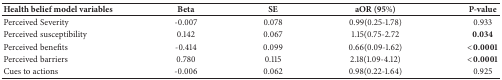
| Health belief model variables | Beta | SE | aOR (95%) | P-value |
 | --- | --- | --- | --- | --- |
 | Perceived Severity | -0.007 | 0.078 | 0.99(0.25-1.78) | 0.933 |
 | Perceived susceptibility | 0.142 | 0.067 | 1.15(0.75-2.72 | 0.034 |
 | Perceived benefits | -0.414 | 0.099 | 0.66(0.09-1.62) | <0.0001 |
 | Perceived barriers | 0.780 | 0.115 | 2.18(1.09-4.12) | <0.0001 |
 | Cues to actions | -0.006 | 0.062 | 0.98(0.22-1.64) | 0.925 |